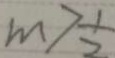
m > \frac { 1 } { 2 }